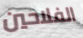
الفلاحين